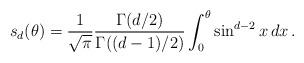
LaTeX: \begin{align*}s_d(\theta)&= \frac{1}{\sqrt{\pi}} \frac{ \Gamma(d/2)}{ \Gamma((d-1)/2)}\int_{0}^\theta \sin^{d-2} x \, dx \,.\end{align*}